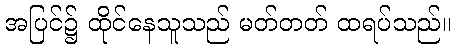
အပြင်၌ ထိုင်နေသူသည် မတ်တတ် ထရပ်သည်။